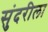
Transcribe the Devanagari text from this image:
सुंदरीला